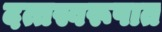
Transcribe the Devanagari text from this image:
दत्तस्वरूपात